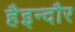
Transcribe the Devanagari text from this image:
हैइन्दौर